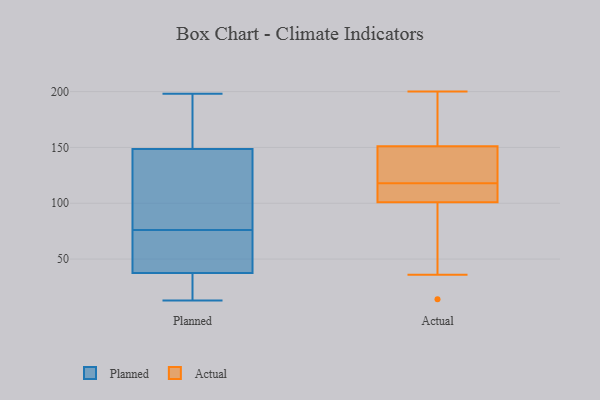
{"axis": {"x": "Bounce Rate (%)", "y": "Value"}, "legend": ["Actual", "Planned"], "data": [{"x": "", "y": 44, "type": "Planned"}, {"x": "", "y": 93, "type": "Planned"}, {"x": "", "y": 13, "type": "Planned"}, {"x": "", "y": 151, "type": "Planned"}, {"x": "", "y": 45, "type": "Planned"}, {"x": "", "y": 39, "type": "Planned"}, {"x": "", "y": 114, "type": "Planned"}, {"x": "", "y": 80, "type": "Planned"}, {"x": "", "y": 187, "type": "Planned"}, {"x": "", "y": 36, "type": "Planned"}, {"x": "", "y": 13, "type": "Planned"}, {"x": "", "y": 15, "type": "Planned"}, {"x": "", "y": 146, "type": "Planned"}, {"x": "", "y": 72, "type": "Planned"}, {"x": "", "y": 186, "type": "Planned"}, {"x": "", "y": 198, "type": "Planned"}, {"x": "", "y": 107, "type": "Actual"}, {"x": "", "y": 129, "type": "Actual"}, {"x": "", "y": 101, "type": "Actual"}, {"x": "", "y": 200, "type": "Actual"}, {"x": "", "y": 105, "type": "Actual"}, {"x": "", "y": 36, "type": "Actual"}, {"x": "", "y": 14, "type": "Actual"}, {"x": "", "y": 151, "type": "Actual"}, {"x": "", "y": 172, "type": "Actual"}, {"x": "", "y": 142, "type": "Actual"}]}